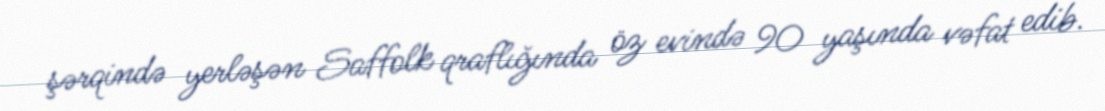
şərqində yerləşən Saffolk qraflığında öz evində 90 yaşında vəfat edib.